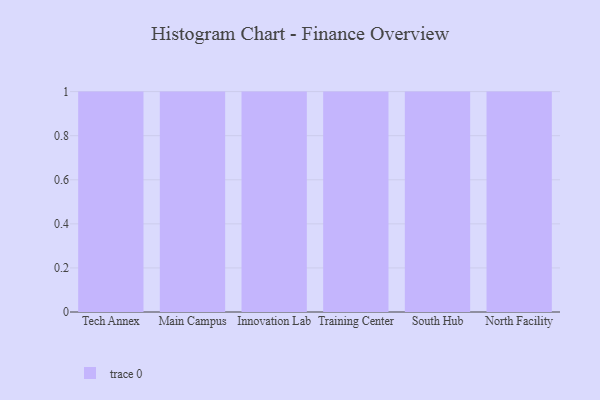
{"axis": {"x": "Campus", "y": "Operating Costs (USD K)"}, "legend": [""], "data": [{"x": "Tech Annex", "y": 29, "type": ""}, {"x": "Main Campus", "y": 41, "type": ""}, {"x": "Innovation Lab", "y": 31, "type": ""}, {"x": "Training Center", "y": 98, "type": ""}, {"x": "South Hub", "y": 28, "type": ""}, {"x": "North Facility", "y": 39, "type": ""}]}